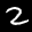
Label: 2